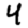
Digit: 4